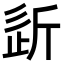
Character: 𣂠